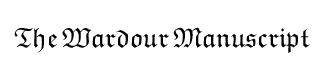
{\mathfrak {The}}\,{\mathfrak {Wardour}}\,{\mathfrak {Manuscript}}